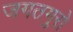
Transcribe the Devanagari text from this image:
जगतगुरो